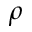
\rho